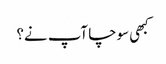
کبھی سوچا آپ نے؟